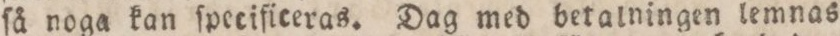
ſå noga kan ſpeciflceras. Dag med betalningen lemnas